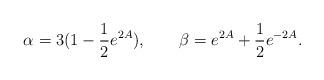
LaTeX: \begin{align*}{\alpha = 3(1-\frac{1}{2}e^{2A}), \qquad \beta = e^{2A}+\frac{1}{2}e^{-2A}.}\end{align*}